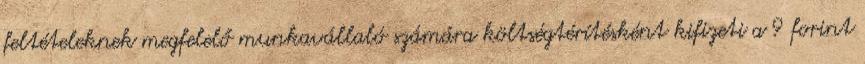
feltételeknek megfelelő munkavállaló számára költségtérítésként kifizeti a 9 forint